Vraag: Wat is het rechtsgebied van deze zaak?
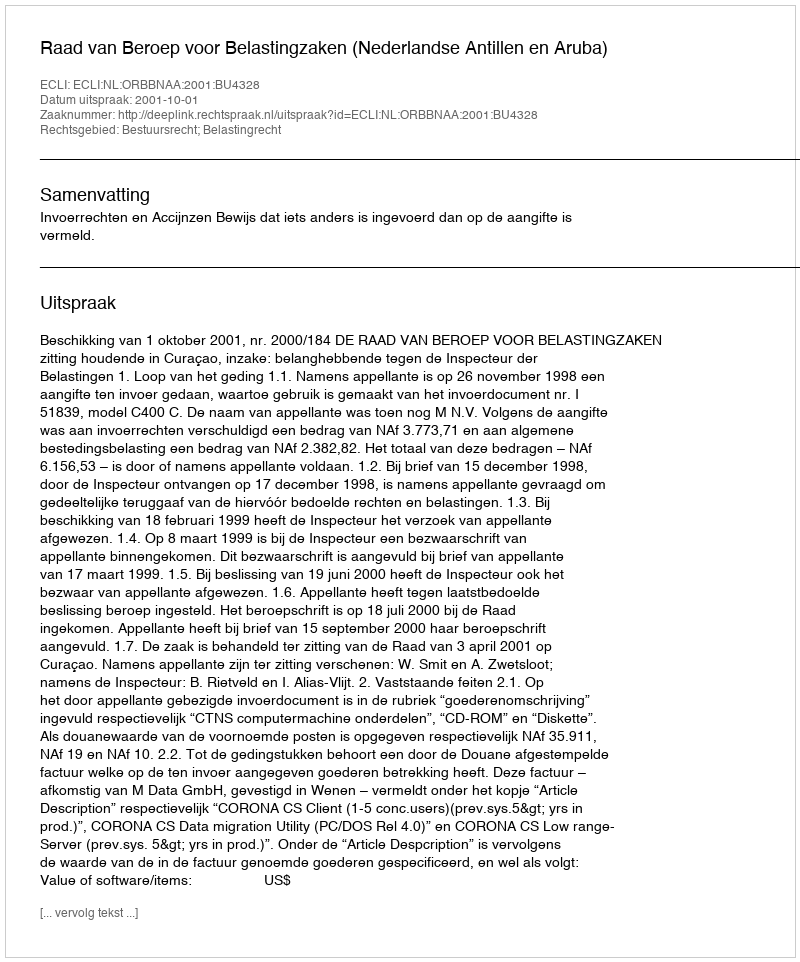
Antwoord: Bestuursrecht; Belastingrecht